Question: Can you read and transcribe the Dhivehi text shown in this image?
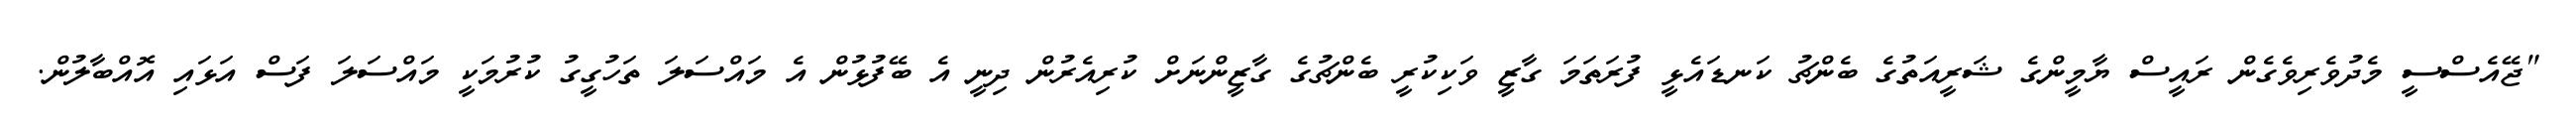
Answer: "ޖޭއެސްސީ މެދުވެރިވެގެން ރައީސް ޔާމީންގެ ޝަރީއަތުގެ ބެންޗު ކަނޑައެޅީ ފުރަތަމަ ގާޒީ ވަކިކުރީ ބެންޗުގެ ގާޒީންނަށް ކުރިއެރުން ދިނީ އެ ބޭފުޅުން އެ މައްސަލަ ތަހުގީގު ކުރުމަކީ މައްސަލަ ފަސް އަޅައި އޮއްބާލުން.